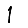
Digit: 1